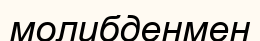
молибденмен